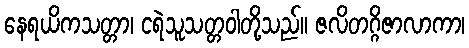
နေရယိကသတ္တာ၊ ငရဲသူသတ္တဝါတို့သည်။ ဇလိတဂ္ဂိဇာလာကာ၊